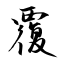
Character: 覆